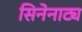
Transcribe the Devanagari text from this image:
सिनेनाट्य